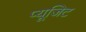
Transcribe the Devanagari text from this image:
प्यूजिट